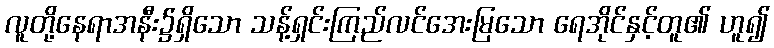
လူတို့နေရာအနီး၌ရှိသော သန့်ရှင်းကြည်လင်အေးမြသော ရေအိုင်နှင့်တူ၏ ဟူ၍